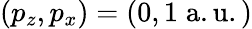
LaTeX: (p_{z},p_{x})=(0,1\; \mathrm{a.u.)}